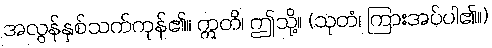
အလွန်နှစ်သက်ကုန်၏။ ဣတိ၊ ဤသို့။ (သုတံ၊ ကြားအပ်ပါ၏။)